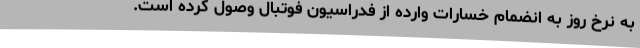
به نرخ روز به انضمام خسارات وارده از فدراسیون فوتبال وصول کرده است.